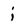
Character: j